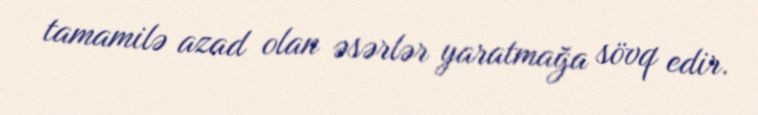
tamamilə azad olan əsərlər yaratmağa sövq edir.